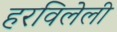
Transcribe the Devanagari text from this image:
हरविलेली